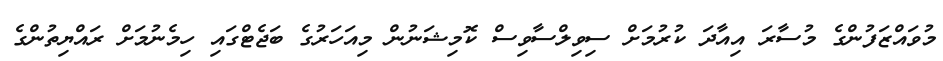
މުވައްޒަފުންގެ މުސާރަ އިއާދަ ކުރުމަށް ސިވިލްސާވިސް ކޮމިޝަނުން މިއަހަރުގެ ބަޖެޓްގައި ހިމެނުމަށް ރައްޔިތުންގެ